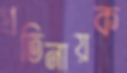
প্রতিনায়ক